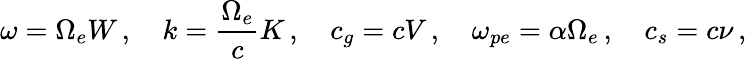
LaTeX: \omega=\Omega_{e}W\, ,\quad k=\frac{\Omega_{e}}{c}K\, ,\quad c_{g}=cV\, ,\quad\omega_{pe}=\alpha\Omega_{e}\, ,\quad c_{s}=c\nu\, ,